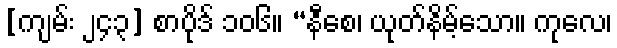
[ကျမ်း ၂၄၃] စာပိုဒ် ၁၀၆။ “နီစေ၊ ယုတ်နိမ့်သော။ ကုလေ၊